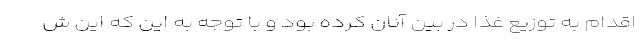
اقدام به توزیع غذا در بین آنان کرده بود و با توجه به این که این ش